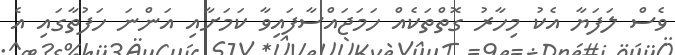
ވެސް ލަފަޔާ އެކު މިހާރު ގޮތްތަކެއް ހަމަޖައްސާފައިވާ ކަމަށާއި އަންނަ ހަފުތާގައި އެ